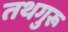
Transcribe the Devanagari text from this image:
तथगुरू